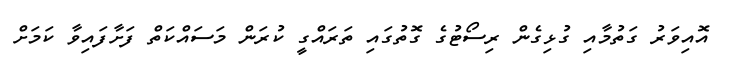
އޮއިވަރު ގަތުމާއި ގުޅިގެން ރިސޯޓުގެ ގޮތުގައި ތަރައްގީ ކުރަން މަސައްކަތް ފަށާފައިވާ ކަމަށް